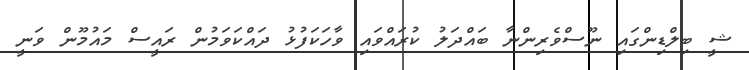
ޝީ ބިލްޑިންގައި ނޫސްވެރިންނާ ބައްދަލު ކުރައްވައި ވާހަކަފުޅު ދައްކަވަމުން ރައީސް މައުމޫން ވަނީ